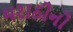
મરાઠીનો